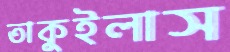
তাকুইলাস